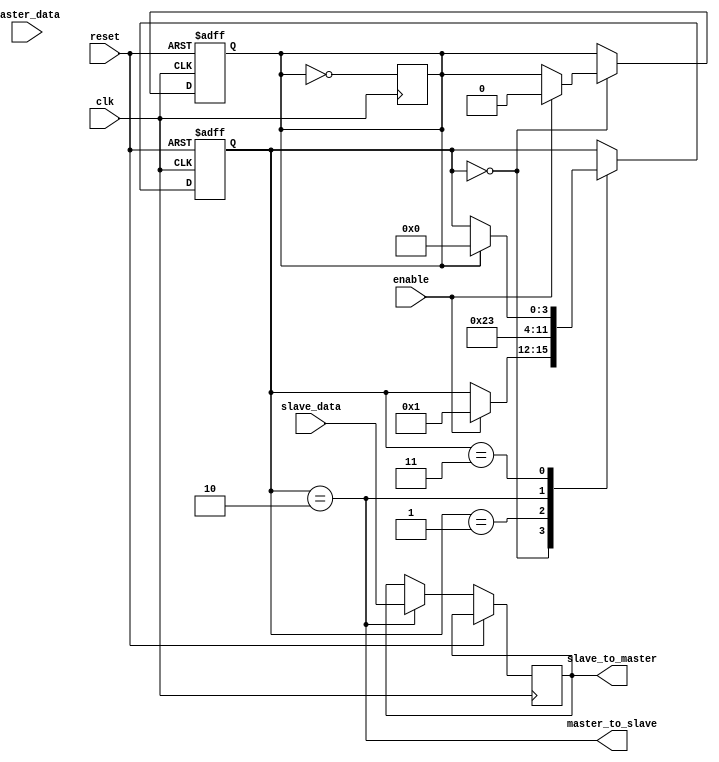
module SPI_Controller (
    input wire clk,
    input wire reset,
    input wire master_data,
    input wire [7:0] slave_data,
    input wire enable,
    output wire master_to_slave,
    output reg [7:0] slave_to_master
);
 
reg [3:0] state;
reg [7:0] data_reg;
reg clk_gen;

always @(posedge clk or posedge reset) begin
    if (reset) begin
        state <= 4'b0000;
        clk_gen <= 1'b0;
    end else begin
        case (state)
            4'b0000: begin // Idle state
                if (enable) begin
                    state <= 4'b0001;
                    clk_gen <= 1'b0;
                end
            end
            4'b0001: begin // Master-to-Slave data transfer
                data_reg <= master_data;
                state <= 4'b0010;
            end
            4'b0010: begin // Slave-to-Master data transfer
                slave_to_master <= slave_data;
                state <= 4'b0011;
            end
            4'b0011: begin // Synchronization block
                if (clk_gen) begin
                    state <= 4'b0000;
                end
            end
        endcase
    end
end

always @(posedge clk) begin
    clk_gen <= ~clk_gen;
end

assign master_to_slave = state == 4'b0010;

endmodule